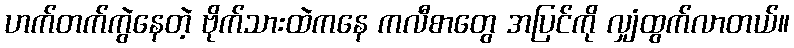
ဟက်တက်ကွဲနေတဲ့ ဗိုက်သားထဲကနေ ကလီစာတွေ အပြင်ကို လျှံထွက်လာတယ်။